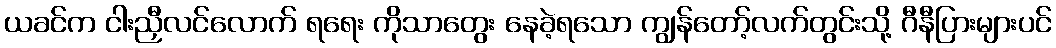
ယခင်က ငါးညှီလင်လောက် ရရေး ကိုသာတွေး နေခဲ့ရသော ကျွန်တော့်လက်တွင်းသို့ ဂီနီပြားများပင်